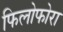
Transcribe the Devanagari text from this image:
फिलोफोरा